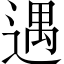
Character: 遇